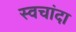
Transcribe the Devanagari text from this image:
स्वचांदा